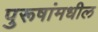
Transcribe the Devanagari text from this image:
पुरूषांमधील